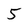
Character: 5